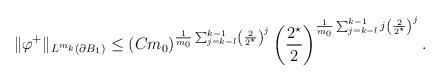
LaTeX: \begin{align*}\|\varphi^{+}\|_{L^{m_{k}}(\partial B_1)} &\leq(C m_0)^{\frac{1}{m_{0}} \sum_{j = k-l}^{k-1} \left(\frac{2}{2^{\star}}\right)^{j} } \left(\frac{2^{\star}}{2}\right)^{\frac{1}{m_{0}} \sum_{j = k-l}^{k-1} j\left(\frac{2}{2^{\star}}\right)^{j} }.\end{align*}